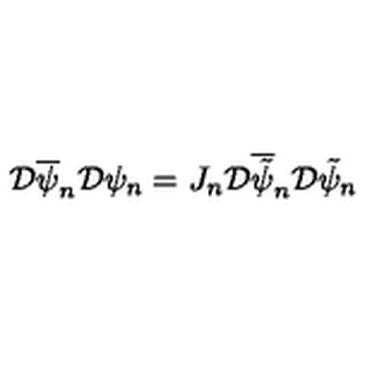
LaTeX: { \cal D } \overline { { \psi } } _ { n } { \cal D } \psi _ { n } = J _ { n } { \cal D } \overline { { \tilde { \psi } } } _ { n } { \cal D } \tilde { \psi } _ { n }